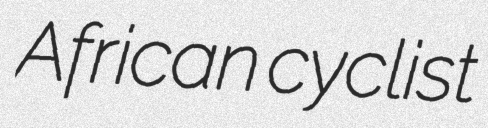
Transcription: African cyclist